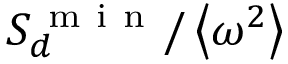
S _ { d } ^ { \mathrm { ~ m ~ i ~ n ~ } } / \left\langle \omega ^ { 2 } \right\rangle